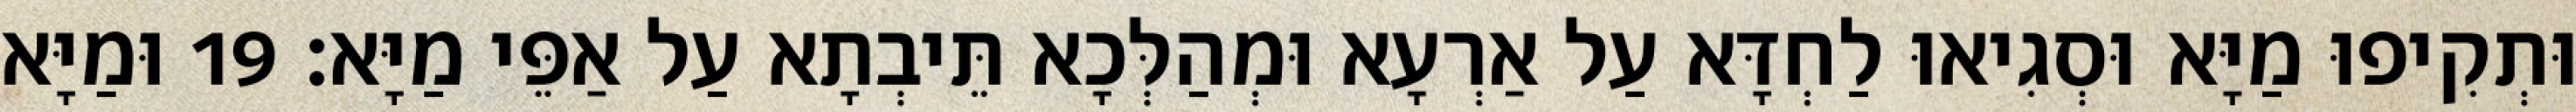
וּתְקִיפוּ מַיָּא וּסְגִיאוּ לַחְדָּא עַל אַרְעָא וּמְהַלְּכָא תֵּיבְתָא עַל אַפֵּי מַיָּא׃ 19 וּמַיָּא